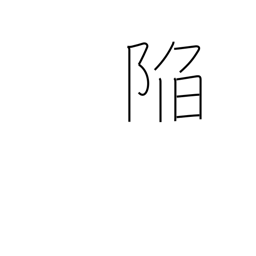
Meaning: slide into